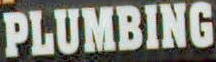
PLUMBING